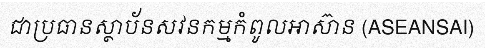
ជាប្រធានស្ថាប័នសវនកម្មកំពូលអាស៊ាន (ASEANSAI)